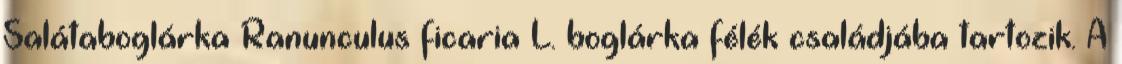
Salátaboglárka Ranunculus ficaria L. boglárka félék családjába tartozik. A